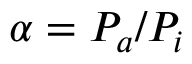
\alpha = P _ { a } / P _ { i }